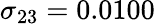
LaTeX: \sigma_{23}=0.0100